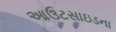
આઉટસાઇડના